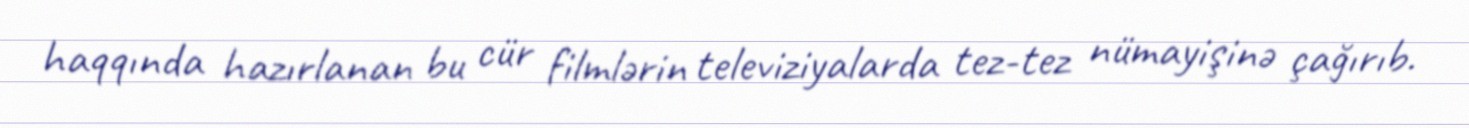
haqqında hazırlanan bu cür filmlərin televiziyalarda tez-tez nümayişinə çağırıb.